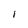
Character: I